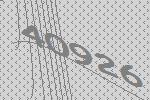
40926